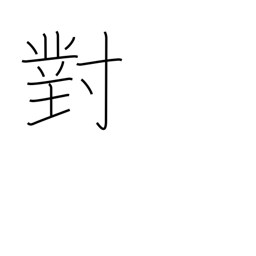
Meaning: facing